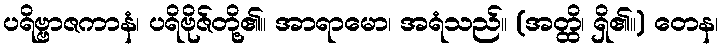
ပရိဗ္ဗာဇကာနံ၊ ပရိဗိုဇ်တို့၏။ အာရာမော၊ အရံသည်။ (အတ္ထိ၊ ရှိ၏။) တေန၊